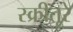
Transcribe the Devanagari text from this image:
स्क्रीतूरे